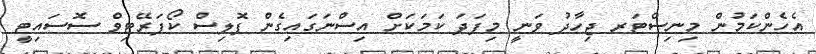
އެހެންކަމުން މިނިސްޓަރ ޖިހާދު ވަނީ މިފަދަ ކަމަކަށް އިސްނަގައިގެން ޕޮލިސް ކޯޕަރޭޓިވް ސޮސައިޓީ